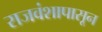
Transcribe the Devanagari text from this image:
राजवंशापासून